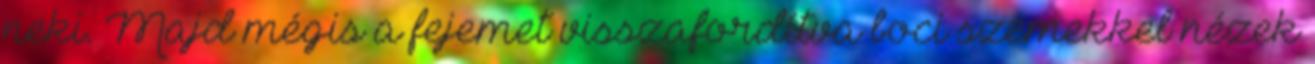
neki. Majd mégis a fejemet visszafordítva boci szemekkel nézek